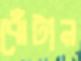
ঝেঁটান